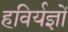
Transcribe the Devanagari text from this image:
हविर्यज्ञों